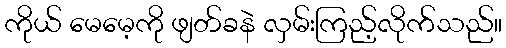
ကိုယ် မေမေ့ကို ဖျတ်ခနဲ လှမ်းကြည့်လိုက်သည်။